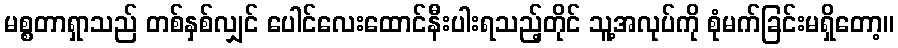
မစ္စတာရှာသည် တစ်နှစ်လျှင် ပေါင်လေးထောင်နီးပါးရသည့်တိုင် သူ့အလုပ်ကို စုံမက်ခြင်းမရှိတော့။